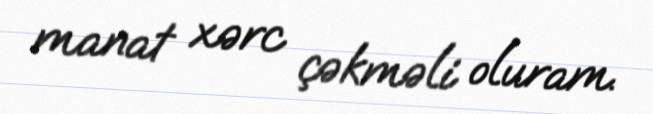
manat xərc çəkməli oluram.